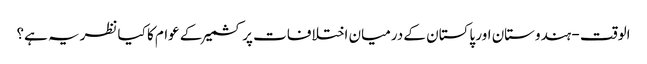
الوقت - ہندوستان اور پاکستان کے درمیان اختلافات پر کشمیر کے عوام کا کیا نظریہ ہے؟